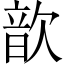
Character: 歆